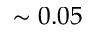
\sim 0 . 0 5